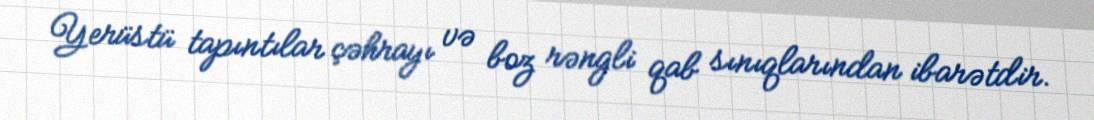
Yerüstü tapıntılar çəhrayı və boz rəngli qab sınıqlarından ibarətdir.